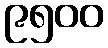
၉၅၀၀